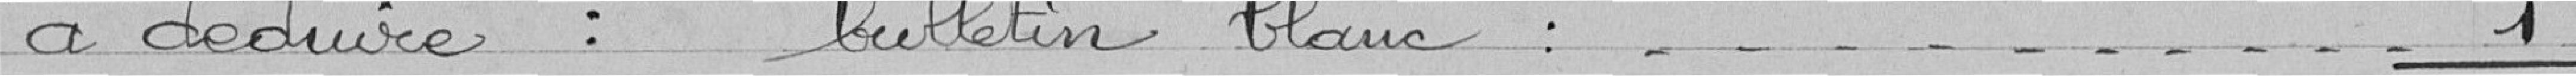
à déduire : bulletin blanc : 1